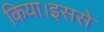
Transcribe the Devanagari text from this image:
किया।इससे